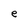
Character: e